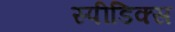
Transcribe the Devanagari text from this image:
स्पीडिक्स